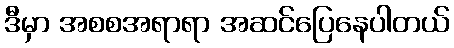
ဒီမှာ အစစအရာရာ အဆင်ပြေနေပါတယ်